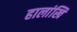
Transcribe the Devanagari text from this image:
हालांखि